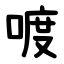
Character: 喥